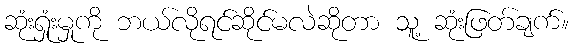
ဆုံးရှုံးမှုကို ဘယ်လိုရင်ဆိုင်မလဲဆိုတာ သူ့ ဆုံးဖြတ်ချက်။